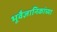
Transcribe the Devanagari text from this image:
भूवैज्ञानिकांच्या